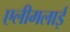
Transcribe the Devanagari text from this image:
एलीमलाई